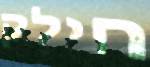
חילק